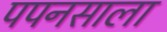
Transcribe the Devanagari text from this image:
पपनसाला